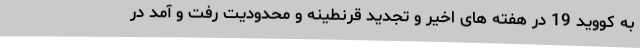
به کووید 19 در هفته های اخیر و تجدید قرنطینه و محدودیت رفت و آمد در